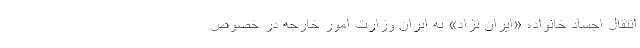
انتقال اجساد خانواده «ایران نژاد» به ایران وزارت امور خارجه در خصوص